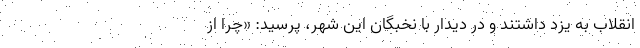
انقلاب به یزد داشتند و در دیدار با نخبگان این شهر، پرسید: «چرا از